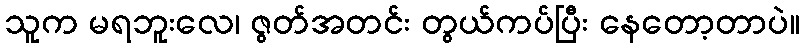
သူက မရဘူးလေ၊ ဇွတ်အတင်း တွယ်ကပ်ပြီး နေတော့တာပဲ။